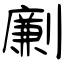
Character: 劆